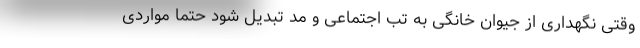
وقتی نگهداری از جیوان خانگی به تب اجتماعی و مُد تبدیل شود حتماً مواردی